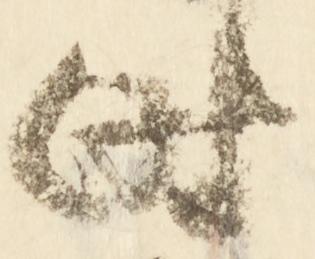
時